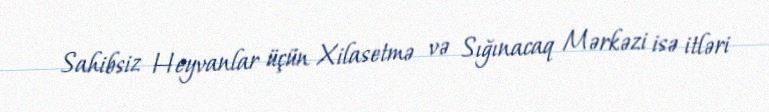
Sahibsiz Heyvanlar üçün Xilasetmə və Sığınacaq Mərkəzi isə itləri